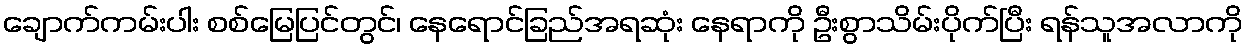
ချောက်ကမ်းပါး စစ်မြေပြင်တွင်၊ နေရောင်ခြည်အရဆုံး နေရာကို ဦးစွာသိမ်းပိုက်ပြီး ရန်သူအလာကို